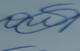
Signature authenticity: genuine